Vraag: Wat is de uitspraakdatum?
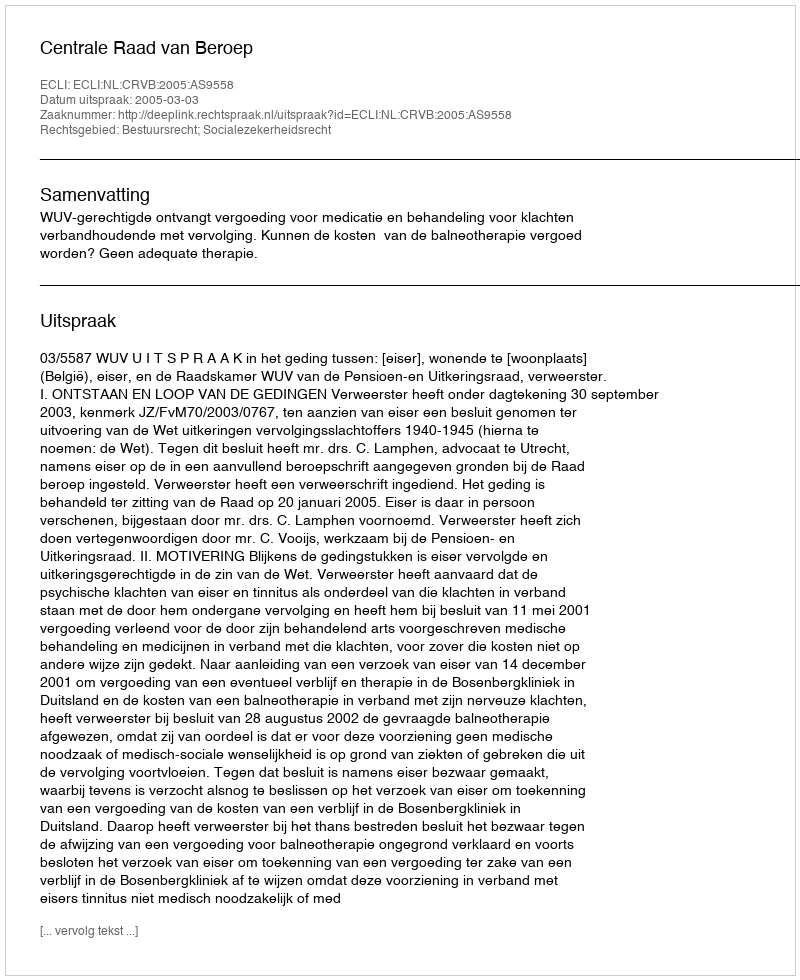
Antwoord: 2005-03-03